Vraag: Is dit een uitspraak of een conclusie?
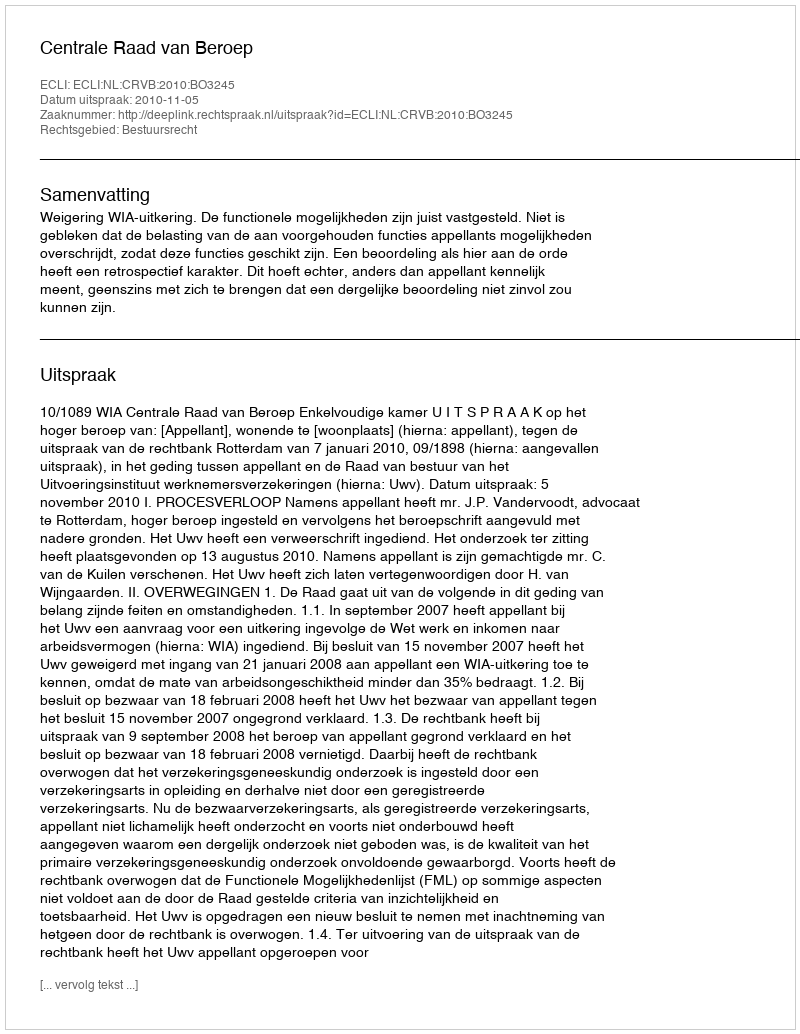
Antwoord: Uitspraak